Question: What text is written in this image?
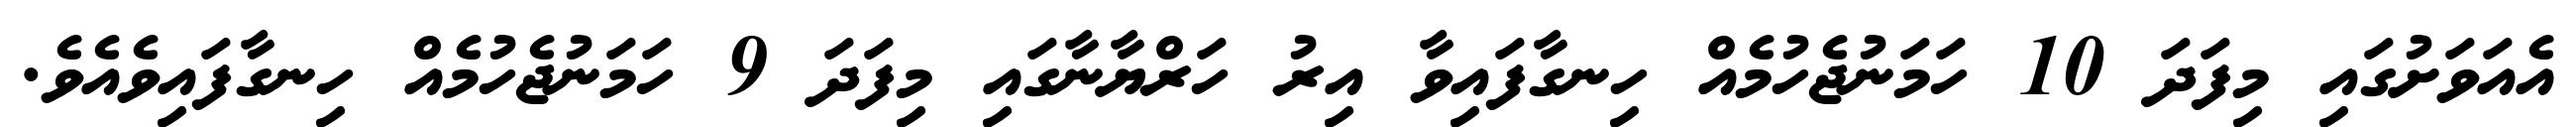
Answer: އެއަވަށުގައި މިފަދަ 10 ހަމަނުޖެހުމެއް ހިނގާފައިވާ އިރު ހަރްޔާނާގައި މިފަދަ 9 ހަމަނުޖެހުމެއް ހިނގާފައިވެއެވެ.